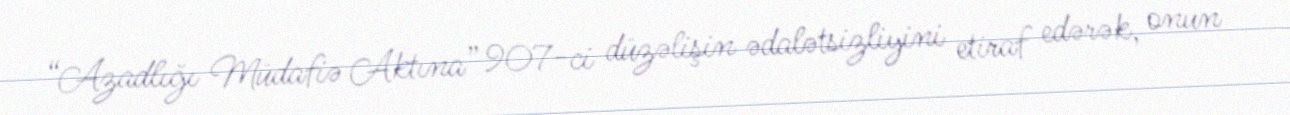
“Azadlığı Müdafiə Aktına” 907-ci düzəlişin ədalətsizliyini etiraf edərək, onun